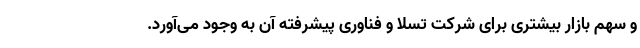
و سهم بازار بیشتری برای شرکت تسلا و فناوری پیشرفته آن به وجود می‌آورد.